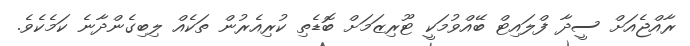
ރާއްޖެއަށް ސީދާ ފްލައިޓް ބޭއްވުމަކީ ޓޫރިޒަމަށް ބޮޑެތި ކުރިއެރުން ތަކެއް ލިބިގެންދާނެ ކަމެކެވެ.